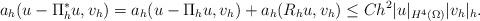
LaTeX: \begin{align*} a_h(u-\Pi_h^*u,v_h)=a_h(u-\Pi_h u,v_h)+a_h(R_hu,v_h)\leq Ch^2|u|_{H^4(\Omega)}|v_h|_h. \end{align*}